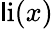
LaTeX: \operatorname{\mathsf{l}i}(x)